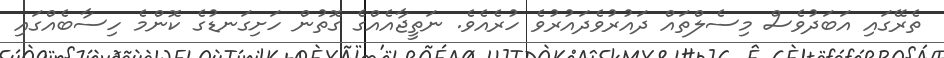
ތެރޭގައި އަބަދުވެސް މިސެލްތައް ދައުރުވެދައުރުވެ ހުރެއެވެ. ނަތީޖާއެއްގެ ގޮތުން ހަށިގަނޑުގެ ކޮންމެ ހިސާބެއްގައި